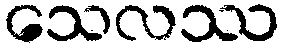
သေလဿ